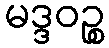
မဒ္ဒဝဉ္စ